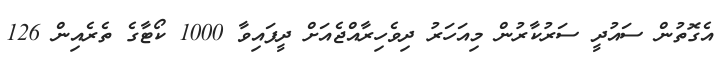
އެގޮތުން ސައުދީ ސަރުކާރުން މިއަހަރު ދިވެހިރާއްޖެއަށް ދީފައިވާ 1000 ކޯޓާގެ ތެރެެއިން 126